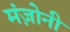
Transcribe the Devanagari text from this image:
मंज़ोनी